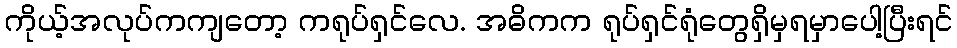
ကိုယ့်အလုပ်ကကျတော့ ကရုပ်ရှင်လေ. အဓိကက ရုပ်ရှင်ရုံတွေရှိမှရမှာပေါ့ပြီးရင်